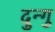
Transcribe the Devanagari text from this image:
दुन्गु